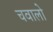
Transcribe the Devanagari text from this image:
चवालो